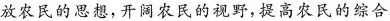
放农民的思想，开阔农民的视野，提高农民的综合